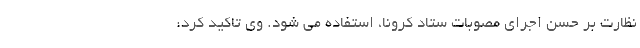
نظارت بر حسن اجرای مصوبات ستاد کرونا، استفاده می شود. وی تاکید کرد: